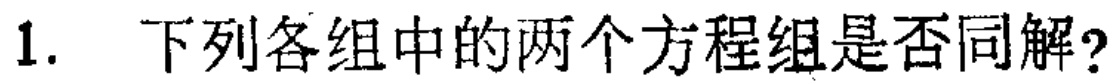
1. 下列各组中的两个方程组是否同解?